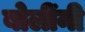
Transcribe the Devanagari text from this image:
बोलींनी